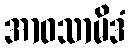
အာဝသာမိဒံ